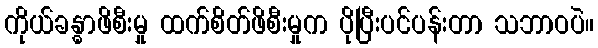
ကိုယ်ခန္ဓာဖိစီးမှု ထက်စိတ်ဖိစီးမှုက ပိုပြီးပင်ပန်းတာ သဘာဝပဲ။